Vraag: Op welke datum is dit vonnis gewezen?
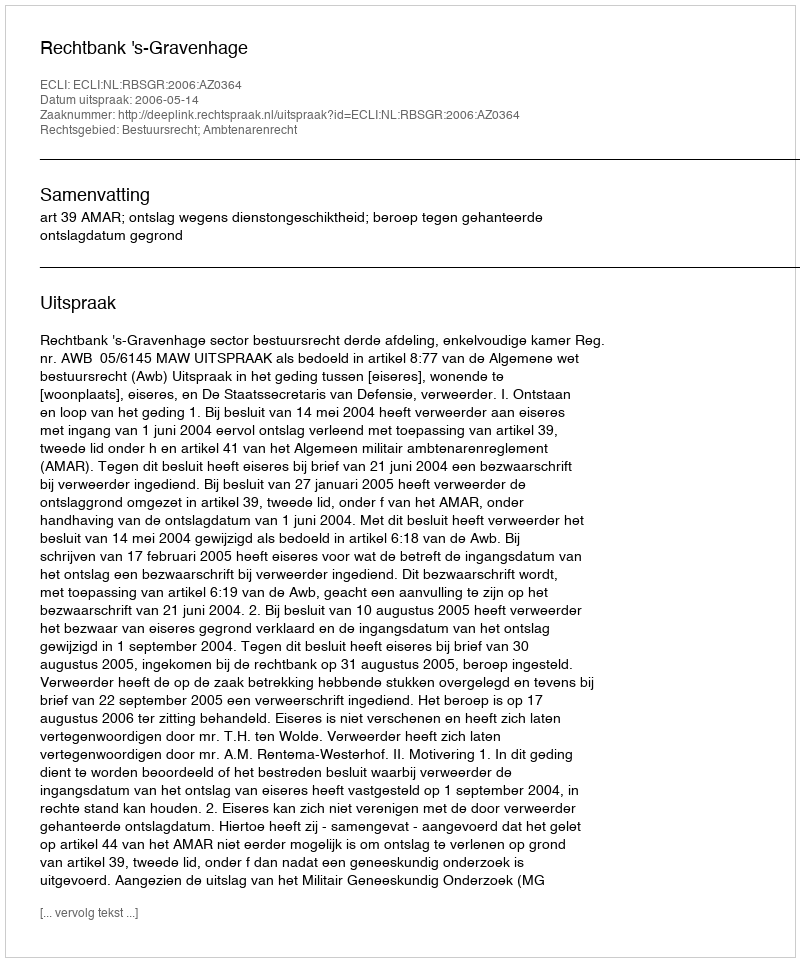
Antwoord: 2006-05-14